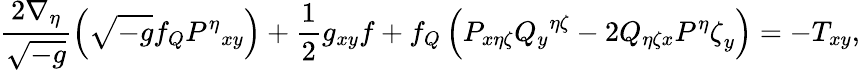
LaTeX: \frac{2\nabla_{\eta}}{\sqrt{-g}}\left(\sqrt{-g}{f_{Q}}{P^{\eta}}_{xy}\right)+\frac{1}{2}g_{xy}f+{f_{Q}}\left(P_{x\eta\zeta}{{Q_{y}}^{\eta\zeta}}-2{Q}_{\eta\zeta x}{{P^{\eta}\zeta}_{y}}\right)=-{T}_{xy},